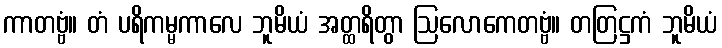
ကာတဗ္ဗံ။ တံ ပရိကမ္မကာလေ ဘူမိယံ အတ္ထရိတွာ ဩလောကေတဗ္ဗံ။ တတြဋ္ဌကံ ဘူမိယံ